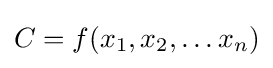
C=f(x_{1},x_{2},\dots x_{n})